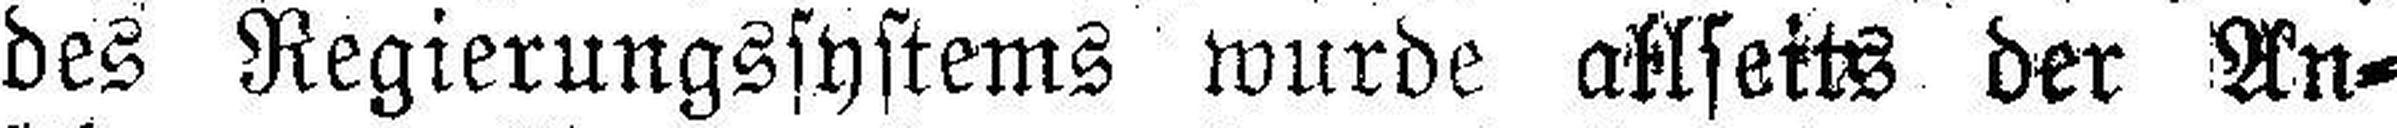
des Regierungssystems wurde allseits der An¬